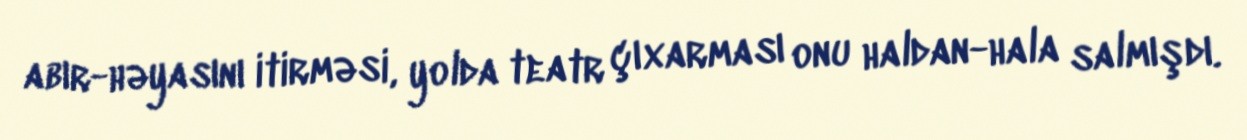
abır-həyasını itirməsi, yolda teatr çıxarması onu haldan-hala salmışdı.